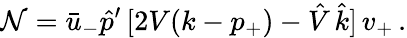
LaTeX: \mathcal{N}=\bar{{u}}_{-}\hat{{p}}^{\prime}\, [2V(k-p_{+})-\hat{{V}}\, \hat{{k}}]\, v_{+}\, .